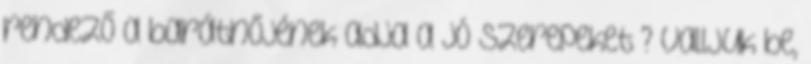
rendező a barátnőjének adja a jó szerepeket”? Valljuk be,